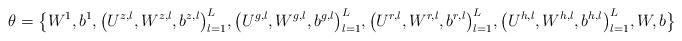
LaTeX: \begin{align*}\theta = \big\{W^1,b^1, \big(U^{z,l},W^{z,l},b^{z,l} \big)^L_{l=1}, \big(U^{g,l},W^{g,l},b^{g,l} \big)^L_{l=1}, \big(U^{r,l},W^{r,l},b^{r,l} \big)^L_{l=1}, \big(U^{h,l},W^{h,l},b^{h,l} \big)^L_{l=1},W,b \big\}\end{align*}